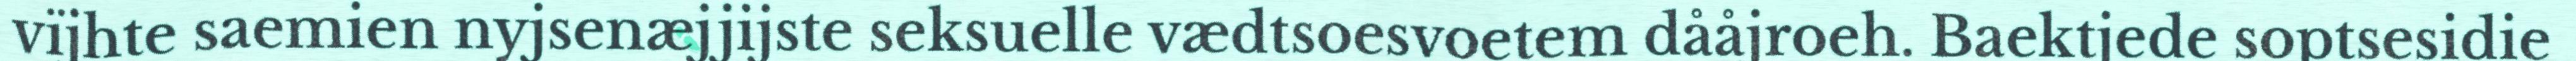
vïjhte saemien nyjsenæjjijste seksuelle vædtsoesvoetem dååjroeh. Baektjede soptsesidie